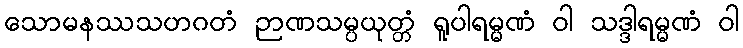
သောမနဿသဟဂတံ ဉာဏသမ္ပယုတ္တံ ရူပါရမ္မဏံ ဝါ သဒ္ဒါရမ္မဏံ ဝါ